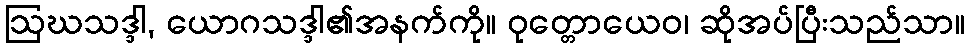
ဩဃသဒ္ဒါ, ယောဂသဒ္ဒါ၏အနက်ကို။ ဝုတ္တောယေဝ၊ ဆိုအပ်ပြီးသည်သာ။